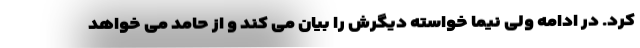
کرد. در ادامه ولی نیما خواسته دیگرش را بیان می کند و از حامد می خواهد